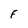
Character: F